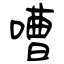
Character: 嘈